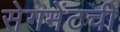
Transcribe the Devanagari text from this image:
सेगमेंटची